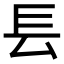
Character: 镸